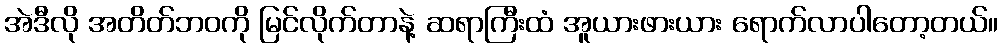
အဲဒီလို အတိတ်ဘဝကို မြင်လိုက်တာနဲ့ ဆရာကြီးထံ အူယားဖားယား ရောက်လာပါတော့တယ်။